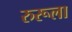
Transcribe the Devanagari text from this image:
रुरूला